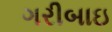
ગરીબાઇ